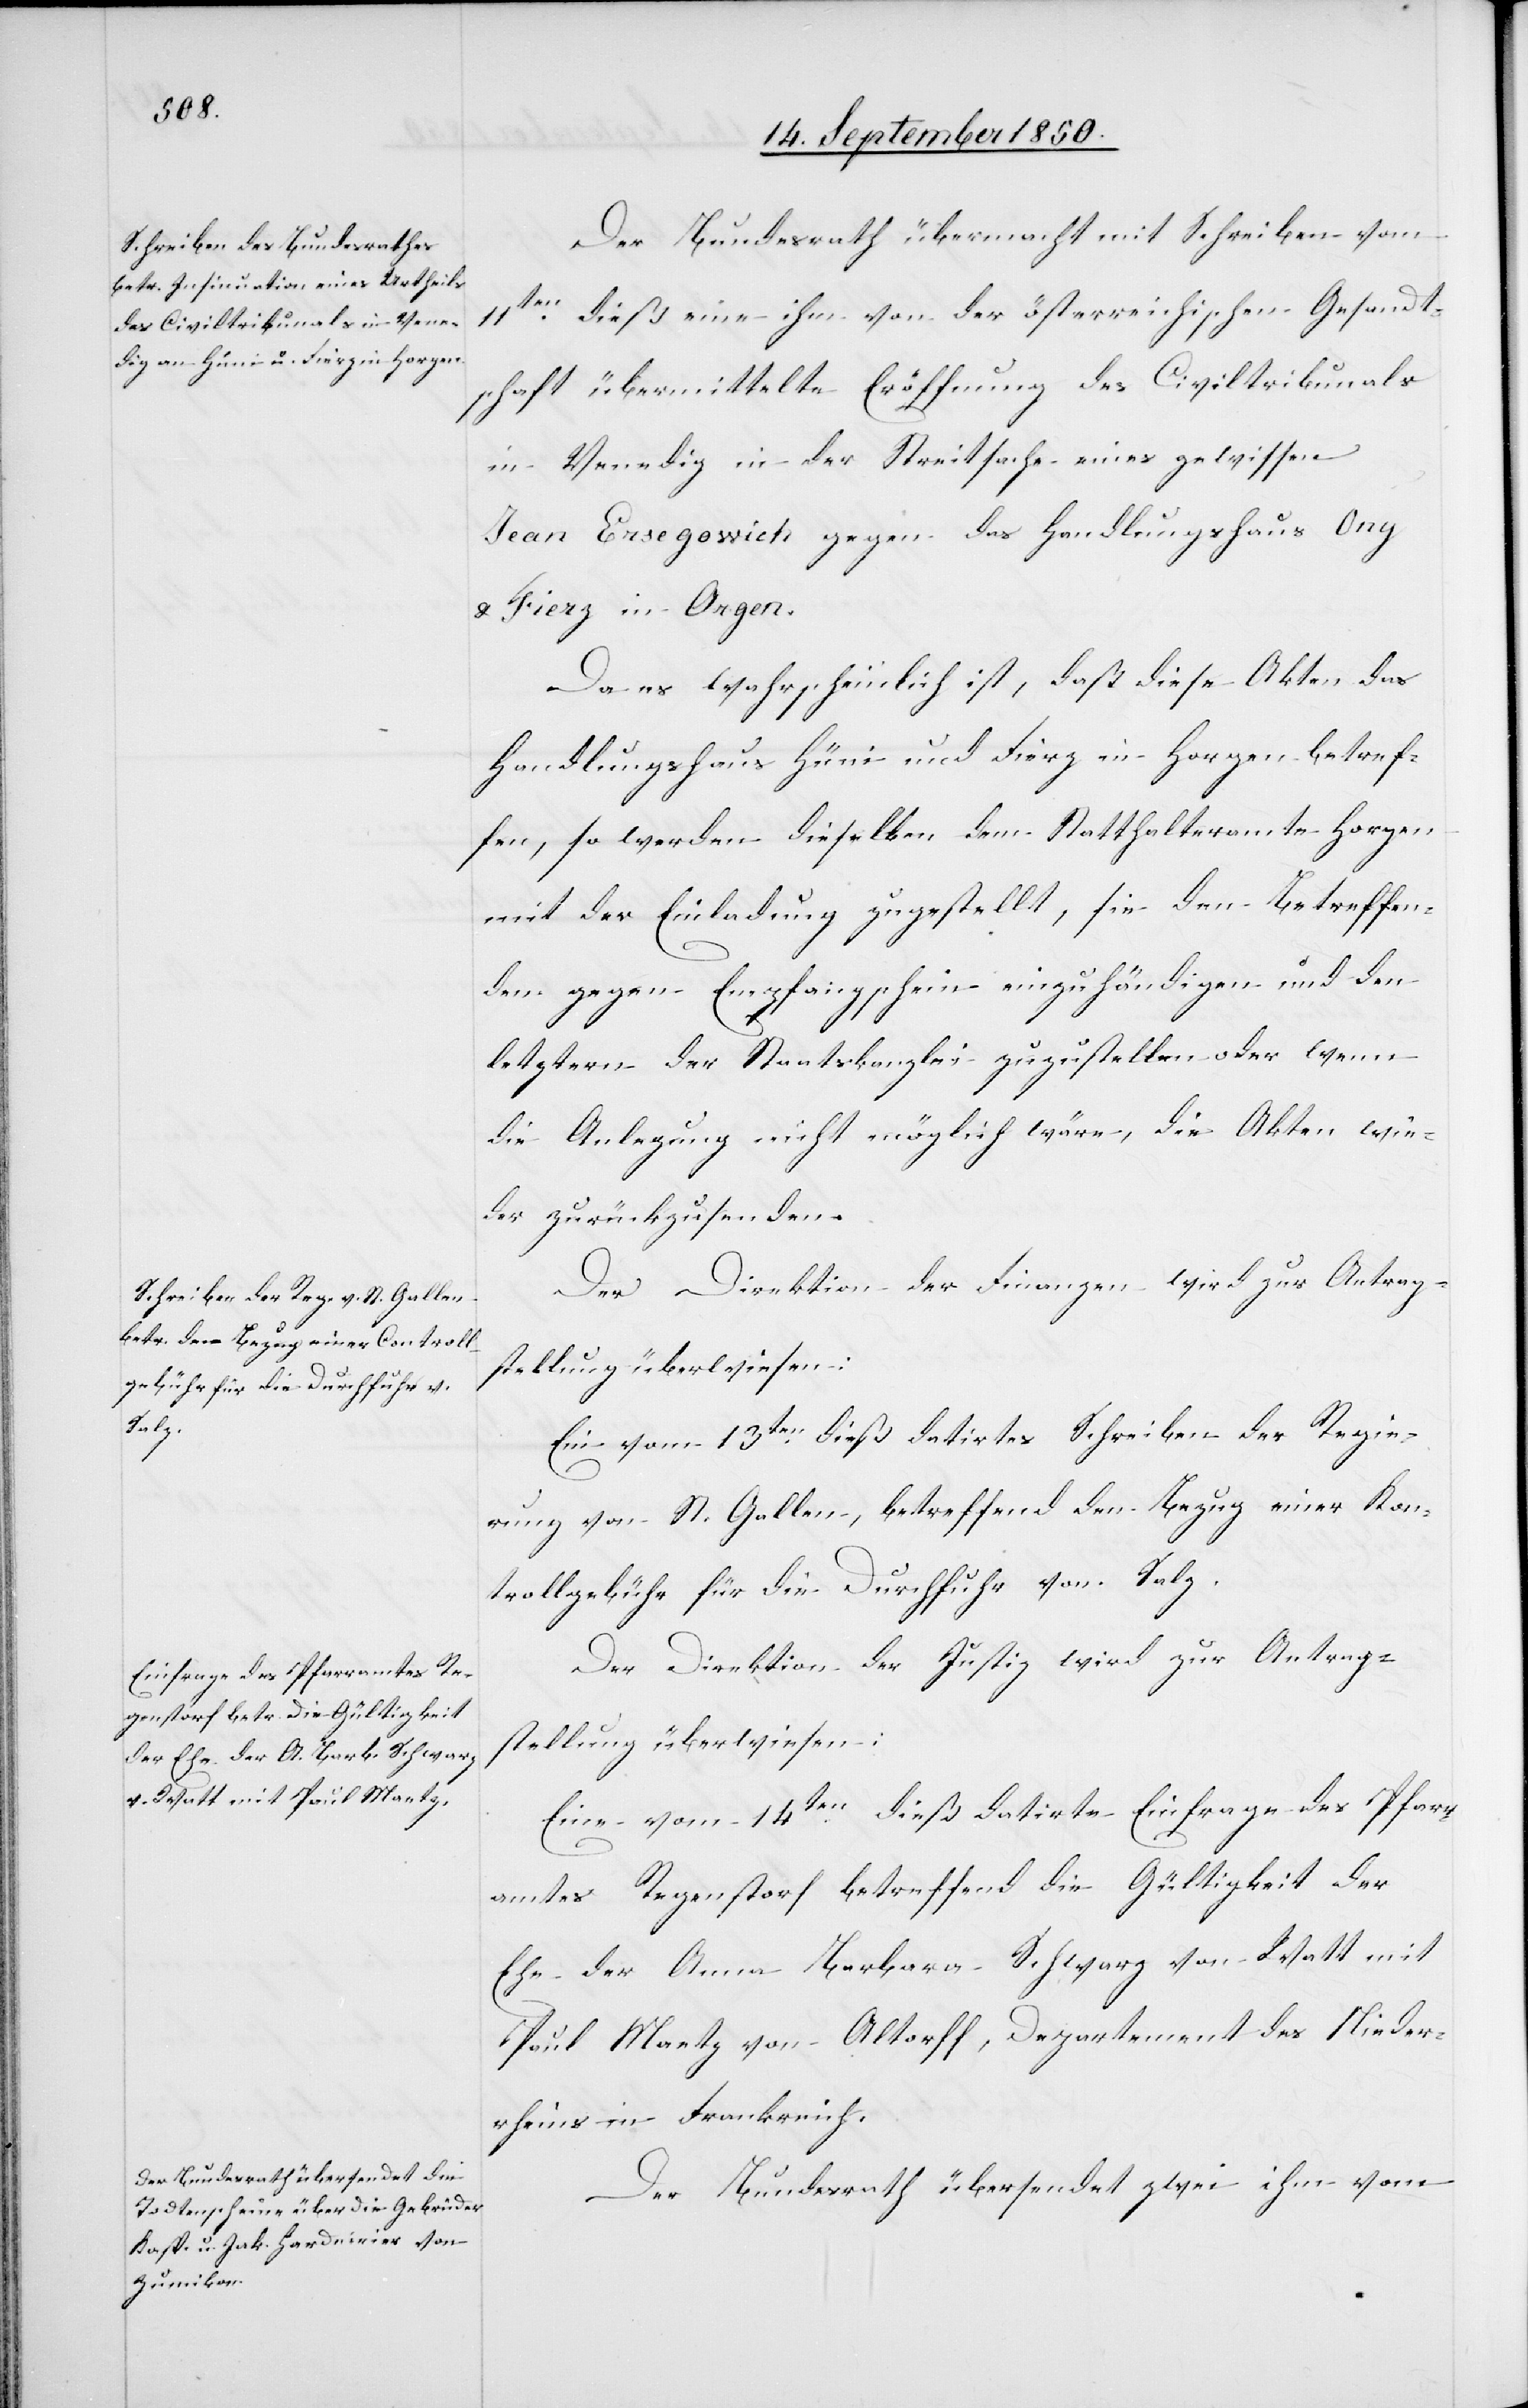
Der Bundesrath übermacht mit Schreiben vom
11ten dieß eine ihm von der österreichischen Gesandt¬
schaft übermittelte Eröffnung des Civiltribunals
in Venedig in der Streitsache eines gewissen
Jean Ersegowich gegen das Handlungshaus Ony
& Fierz in Orgen.
Da es wahrscheinlich ist, daß diese Akten das
Handlungshaus Hüni und Fierz in Horgen betref¬
fen, so werden dieselben dem Statthalteramte Horgen
mit der Einladung zugestellt, sie den Betreffen¬
den gegen Empfangschein einzuhändigen und den
letztern der Staatskanzlei zuzustellen oder wenn
die Anlegung nicht möglich wäre, die Akten wie¬
der zurückzusenden.
Der Direktion der Finanzen wird zur Antrag¬
stellung überwiesen:
Ein vom 13ten dieß datirtes Schreiben der Regie¬
rung von St. Gallen, betreffend den Bezug einer Kon¬
trollgebühr für die Durchfuhr von Salz.
Der Direktion der Justiz wird zur Antrag¬
stellung überwiesen:
Eine vom 14ten dieß datirte Einfrage des Pfarr¬
amtes Regenstorf betreffend die Gültigkeit der
Ehe der Anna Barbara Schwarz von Watt mit
Paul Mantz von Altorff, Departement des Nieder¬
rheins in Frankreich.
Der Bundesrath übersendet zwei ihm vom